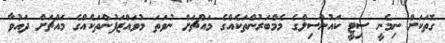
ގޮތަކަށް ނިމެނީ ސިޓީ ކައުންސިލްގެ މެމްބަރުންތަކެއްގެ މައްޗަށް ނުވަތަ މުވައްޒަފުންތަކެއްގެ މައްޗަށް ދައުވާ